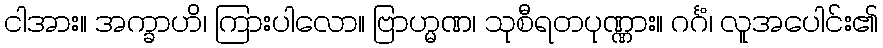
ငါအား။ အက္ခာဟိ၊ ကြားပါလော။ ဗြာဟ္မဏ၊ သုစီရတပုဏ္ဏား။ ဂင်္ဂံ၊ လူအပေါင်း၏